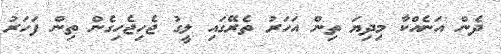
ދެން އަނެއްކާ މިދިޔަ ތިން އަހަރު ތެރޭގައި ލީގު ޖެހިޖެހިގެން ތިން ފަހަރު